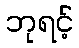
ဘုရင့်